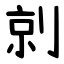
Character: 剠